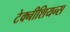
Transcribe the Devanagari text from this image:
टेक्नीशियन्स